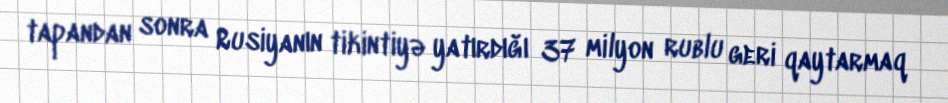
tapandan sonra Rusiyanın tikintiyə yatırdığı 37 milyon rublu geri qaytarmaq